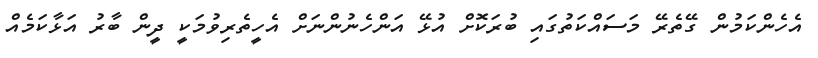
އެހެންކަމުން ގޭތެރޭ މަސައްކަތުގައި ބުރަކޮށް އުޅޭ އަންހެނުންނަށް އެހީތެރިވުމަކީ ދީން ބާރު އަޅާކަމެއް